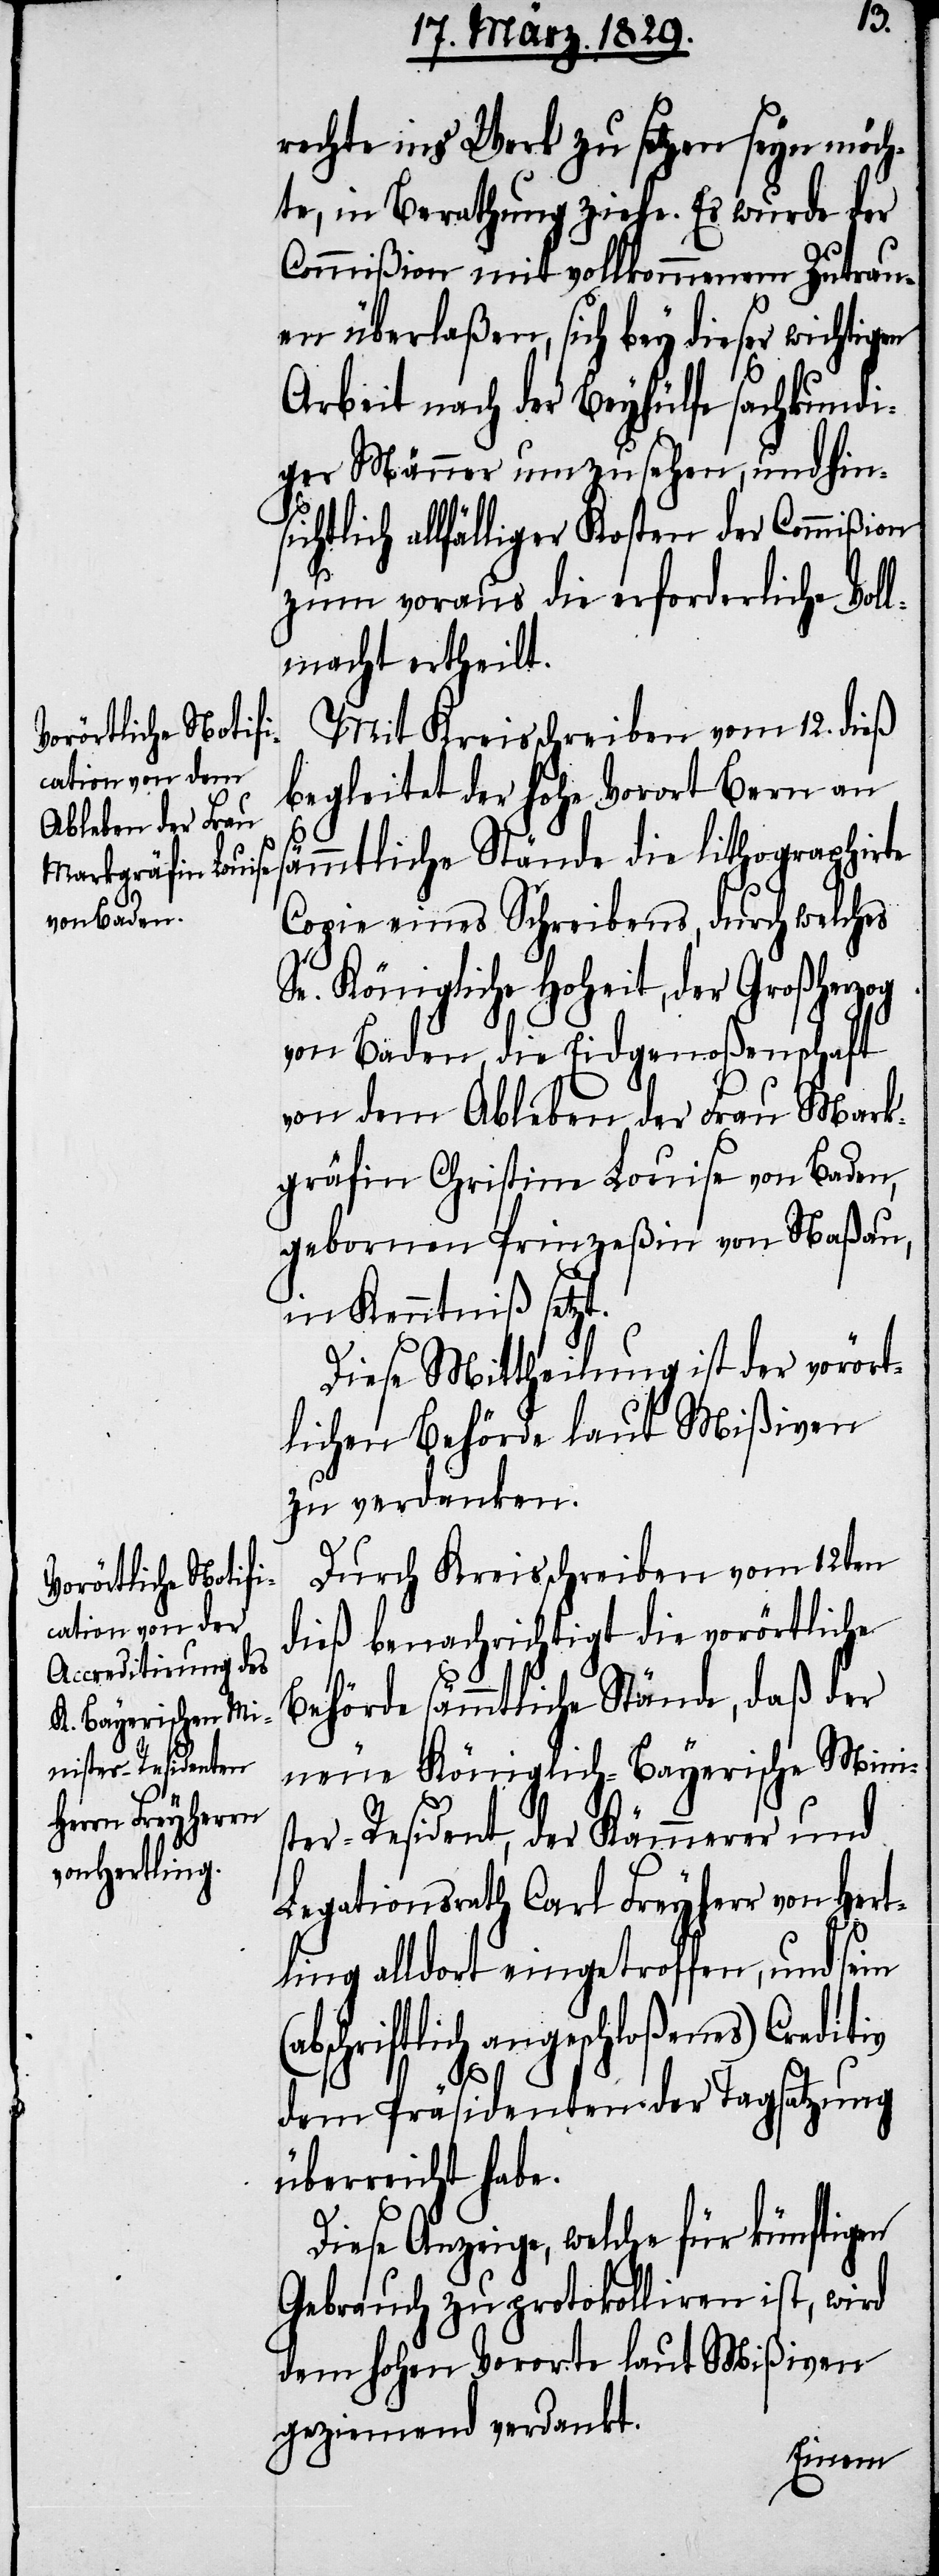
rechte ins Werk zu setzen seyn möch¬
te, in Berathung ziehe. Es wurde der
Commißion mit vollkommenem Zutrau¬
en überlaßen, sich bey diese wichtigen
Arbeit nach der Beyhülfe fachkundi¬
ger Männer umzusehen, und hin¬
chtlich allfälliger Kosten der Commißion
zum voraus die erforderliche Vol¬
lmacht ertheilt.
Mit Kreisschreiben vom 12. dieß
begleitet der hohe Vorort Bern an
sämmtliche Stände die lithographirte
Copie eines Schreibens, durch welche
Sr. Königlichen Hoheit, der Großherz¬
von Baden, die Eidgenoßenschaft
von dem Ableben der Frau Mark¬
gräfin Christina Louise von Baden,
gebornen Prinzeßin von Naßau,
in Kenntniß setzt.
Diese Mittheilung ist der vorört¬
lichen Behörde laut Mißiven
zu verdanken.
Durch Kreisschreiben vom 12ten
dieß benachrichtigt die vorörtliche
si¬
Behörde sämmtliche Stände, daß der
neue Königlich-Bayerische Minis¬
ter-Resident, der Kämmerer und
Legationsrath Carl Freyherr von Hert¬
(a¬
ling alldort eingetroffen, und sein
bschriftlich angeschloßenes) Creditiv
dem Präsidenten der Tagsatzung
überreicht habe.
Diese Anzeige, welche für künftigen
Gebrauch zu protokolliren ist, wird
dem hohen Vororte laut Mißiven
geziemend verdankt.